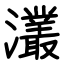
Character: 灇